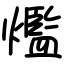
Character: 爁